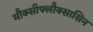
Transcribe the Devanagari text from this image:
मौक्सीफ्लौक्सासिन